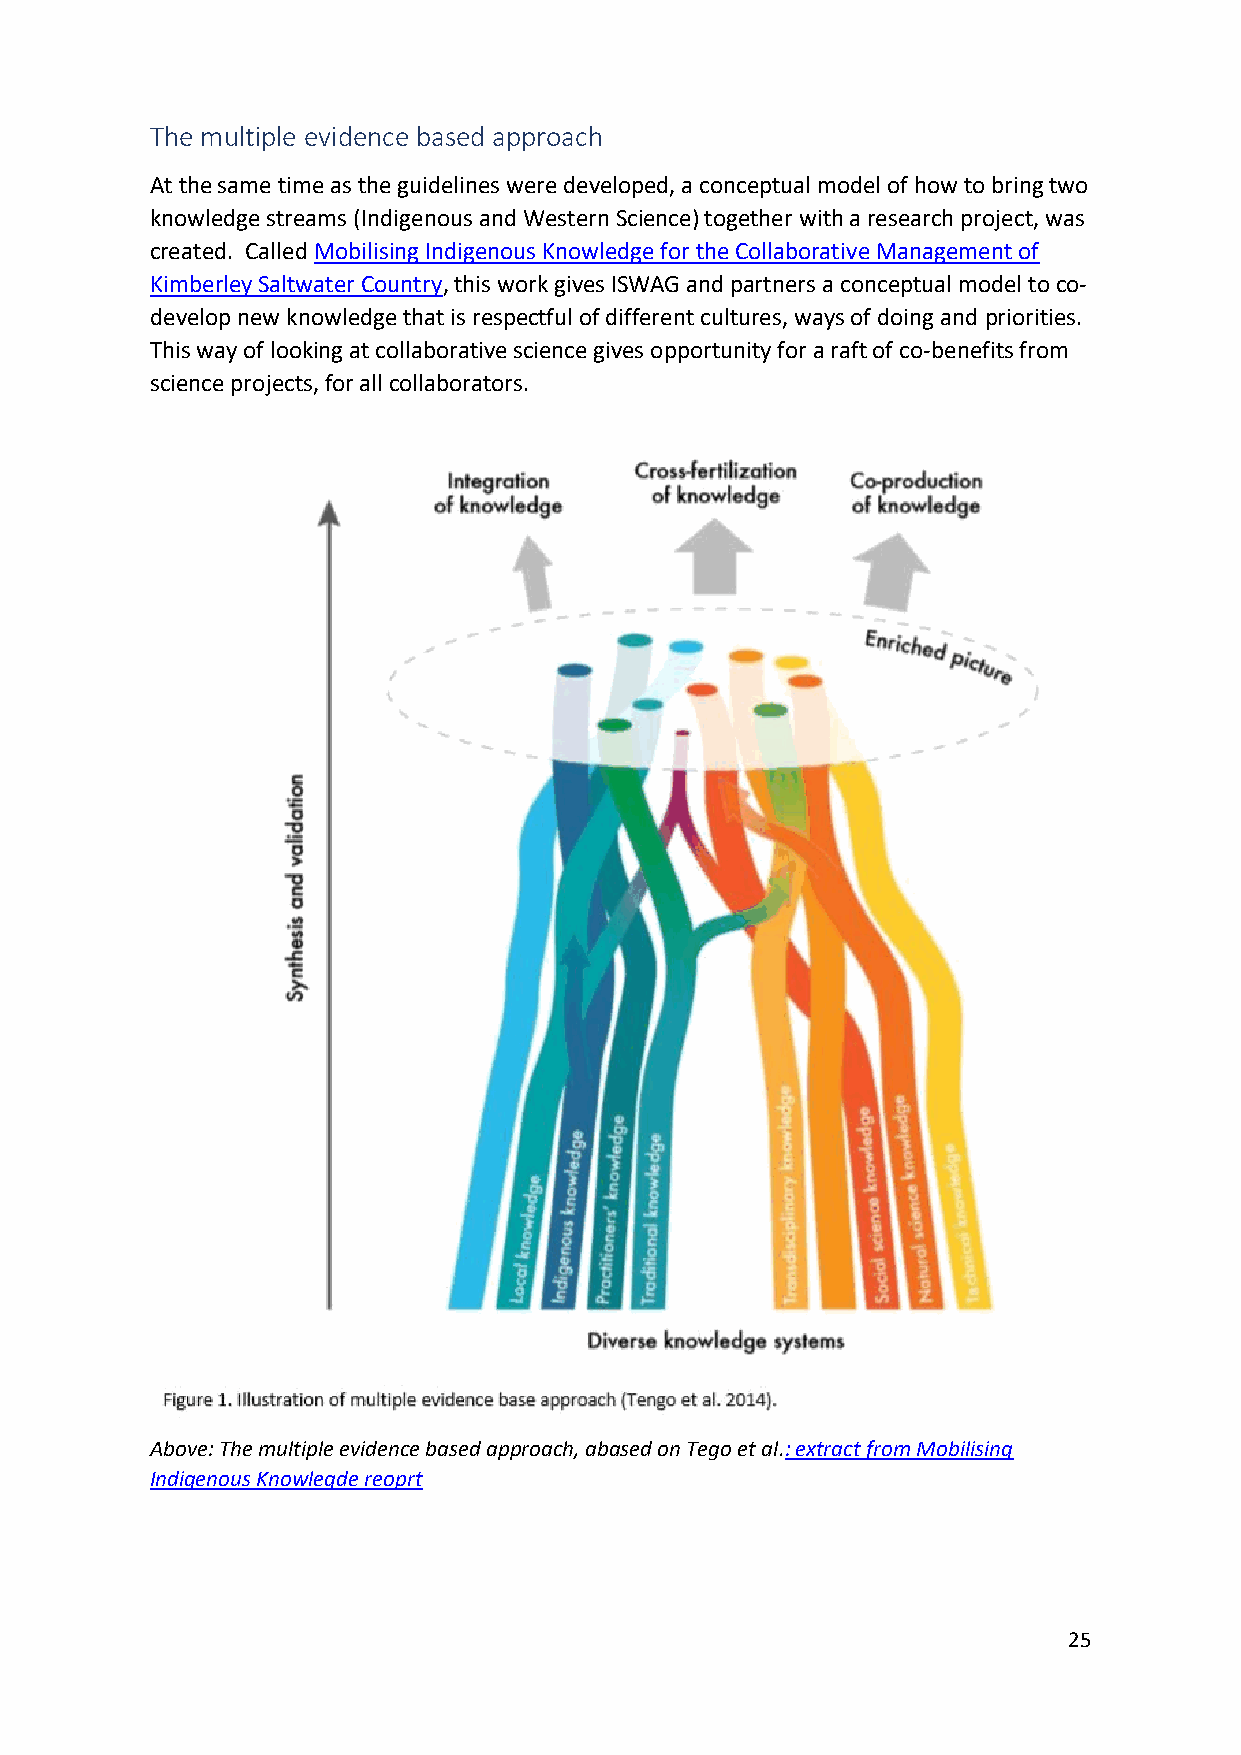
The multiple evidence based approach
 At the same time as the guidelines were developed, a conceptual model of how to bring two
 knowledge streams (Indigenous and Western Science) together with a research project, was
 created. Called Mobilising Indigenous Knowledge for the Collaborative Management of
 Kimberley Saltwater Country, this work gives ISWAG and partners a conceptual model to co-
 develop new knowledge that is respectful of different cultures, ways of doing and priorities.
 This way of looking at collaborative science gives opportunity for a raft of co-benefits from
 science projects, for all collaborators.
 Above: The multiple evidence based approach, abased on Tego et al.: extract from Mobilising
 Indigenous Knowlegde reoprt
 25